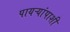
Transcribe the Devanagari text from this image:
पायऱ्यांपाशी